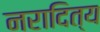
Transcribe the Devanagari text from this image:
नरादित्य